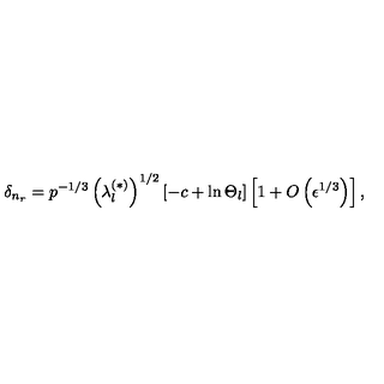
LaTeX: \delta _ { n _ { r } } = p ^ { - 1 / 3 } \left( \lambda _ { l } ^ { ( \ast ) } \right) ^ { 1 / 2 } \left[ - c + \ln \Theta _ { l } \right] \left[ 1 + O \left( \epsilon ^ { 1 / 3 } \right) \right] ,